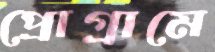
প্রোগ্রামে